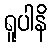
ရူပါနိ